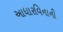
આધારવિનાની